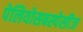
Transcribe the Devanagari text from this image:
पेलियोसबस्पेसीज